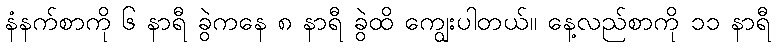
နံနက်စာကို ၆ နာရီ ခွဲကနေ ၈ နာရီ ခွဲထိ ကျွေးပါတယ်။ နေ့လည်စာကို ၁၁ နာရီ